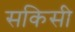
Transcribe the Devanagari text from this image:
सकिसी